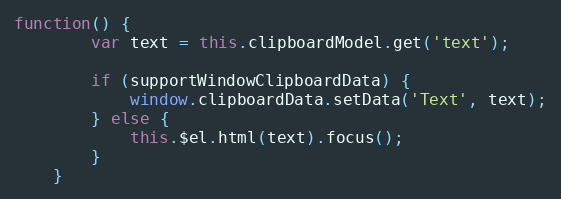
Language: JavaScript
function() {
        var text = this.clipboardModel.get('text');

        if (supportWindowClipboardData) {
            window.clipboardData.setData('Text', text);
        } else {
            this.$el.html(text).focus();
        }
    }